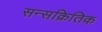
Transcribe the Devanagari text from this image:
सन्सक्रितिक